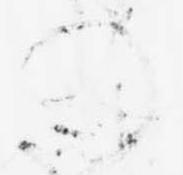
の